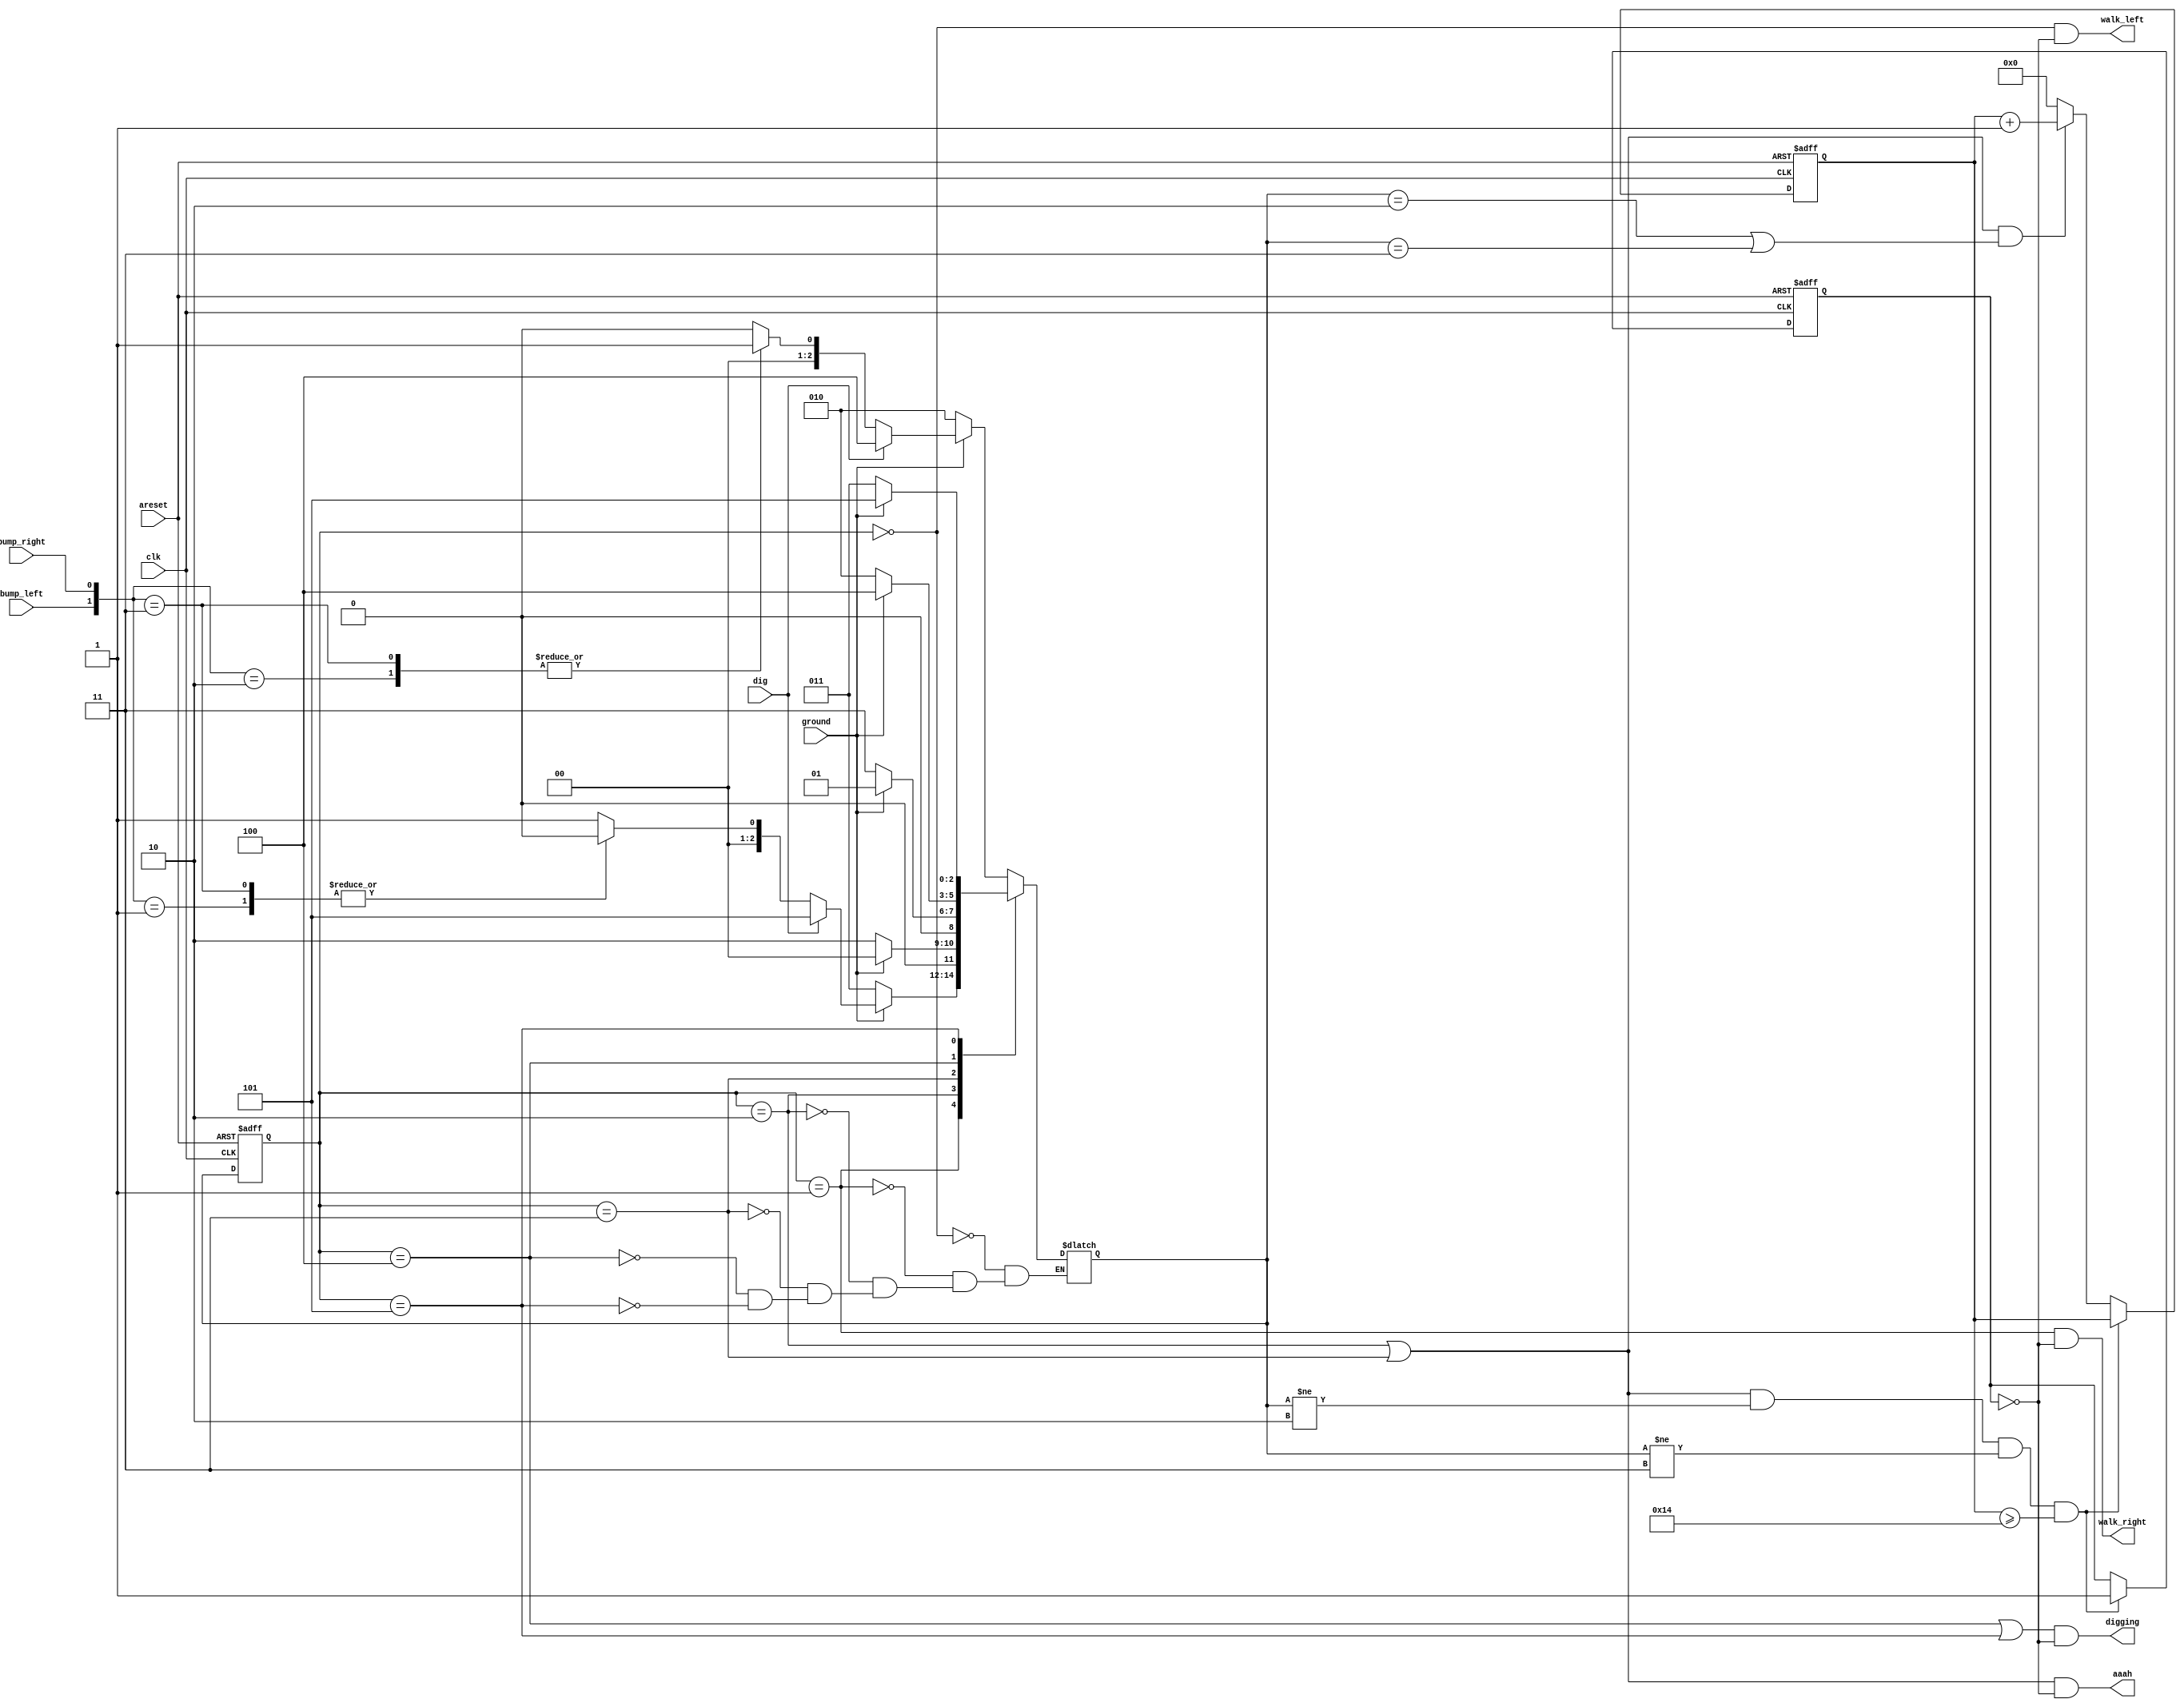
module top_module(
    input clk,
    input areset,    // Freshly brainwashed Lemmings walk left.
    input bump_left,
    input bump_right,
    input ground,
    input dig,
    output walk_left,
    output walk_right,
    output aaah,
    output digging ); 

    reg [2:0]y, Y;
    parameter A=3'b000, B=3'b001, C=3'b010, D=3'b011, E=3'b100, F=3'b101;
    reg [7:0]cnt;
    reg dead;

    always@(*)begin
        case(y)
            A:begin
                if(!ground)
                    Y <= C;
                else begin
                    if(dig)
                        Y <= E;
                    else
                        case({bump_left, bump_right})
                            2'b00: Y <= A;
                            2'b01: Y <= A;
                            2'b10: Y <= B;
                            2'b11: Y <= B;
                        endcase
                end
            end
            B:begin
                if(!ground)
                    Y <= D;
                else begin
                    if(dig)
                        Y <= F;
                    else
                        case({bump_left, bump_right})
                            2'b00: Y <= B;
                            2'b01: Y <= A;
                            2'b10: Y <= B;
                            2'b11: Y <= A;
                        endcase
                end
            end

            C:begin
                if(ground) Y <= A;
                else Y <= C;
            end

            D:begin
                if(ground)  Y <= B;
                else Y <= D;
            end

            E:begin
                if(ground) Y <= E;
                else   Y <= C;
            end

            F:begin
                if(ground) Y <= F;
                else   Y <= D;
            end
        endcase
    end

    always@(posedge clk, posedge areset)begin
        if(areset)begin
            y <= A;
            cnt <= 0;
            dead <= 0;
        end
        else begin
            if ((y == C | y == D) && (Y != C) && (Y != D) && cnt >= 20)begin
                dead = 1;
            end
            else if((y == C | y == D) && (Y == C | Y == D))begin
                cnt <= cnt + 1;
            end
            else begin
                cnt <= 0;
            end

            y <= Y;
        end
    end

    assign walk_left = (y == A) && (!dead);
    assign walk_right = (y == B) && (!dead);
    assign aaah = (y == C | y == D) && (!dead);
    assign digging = (y == E | y == F) && (!dead);

endmodule